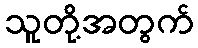
သူတို့အတွက်